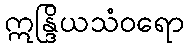
ဣန္ဒြိယသံဝရော